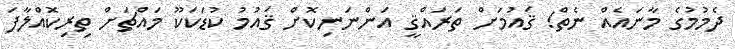
ދެމުމުގެ މާނައެއް ނެތް! ޤައުމަށް ތަރައްޤީ އަންނަނިކޮށް ޤައުމު ކުޑަކަކޫ މައްޗަށް ތިރިކޮއްލާފަ